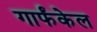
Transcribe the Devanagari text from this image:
गार्फंकेल